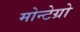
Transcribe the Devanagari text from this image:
मोन्टेग्रो